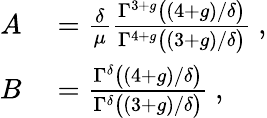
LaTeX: \begin{array}{rl}{A}&{{}=\frac{\delta}{\mu}\frac{\Gamma^{3+g}\big((4+g)/\delta\big)}{\Gamma^{4+g}\big((3+g)/\delta\big)}~,}\\ {B}&{{}=\frac{\Gamma^{\delta}\big((4+g)/\delta\big)}{\Gamma^{\delta}\big((3+g)/\delta\big)}~,}\end{array}